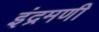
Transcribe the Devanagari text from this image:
इंद्रमणी